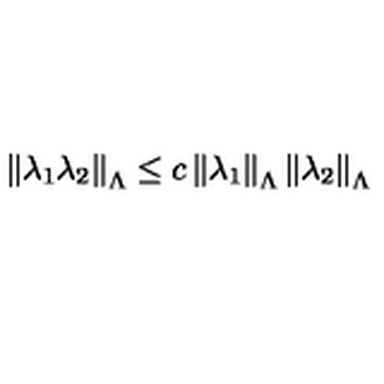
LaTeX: \left\| \lambda _ { 1 } \lambda _ { 2 } \right\| _ { \Lambda } \leq c \left\| \lambda _ { 1 } \right\| _ { \Lambda } \left\| \lambda _ { 2 } \right\| _ { \Lambda }